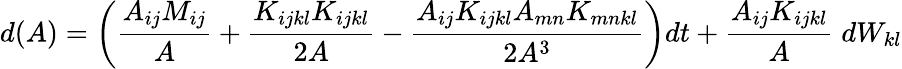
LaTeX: d(A)=\bigg(\frac{A_{ij}M_{ij}}{A}+\frac{K_{ijkl}K_{ijkl}}{2A}-\frac{A_{ij}K_{ijkl}A_{mn}K_{mnkl}}{2A^{3}}\bigg)dt+\frac{A_{ij}K_{ijkl}}{A}\; dW_{kl}